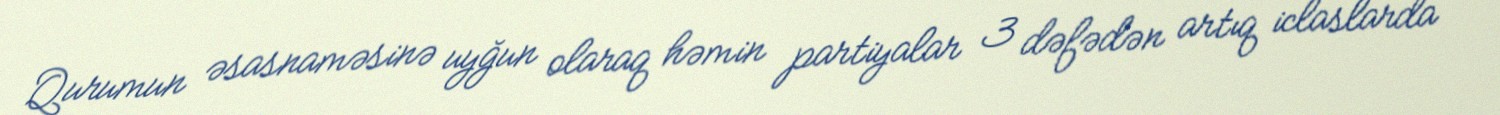
Qurumun əsasnaməsinə uyğun olaraq həmin partiyalar 3 dəfədən artıq iclaslarda